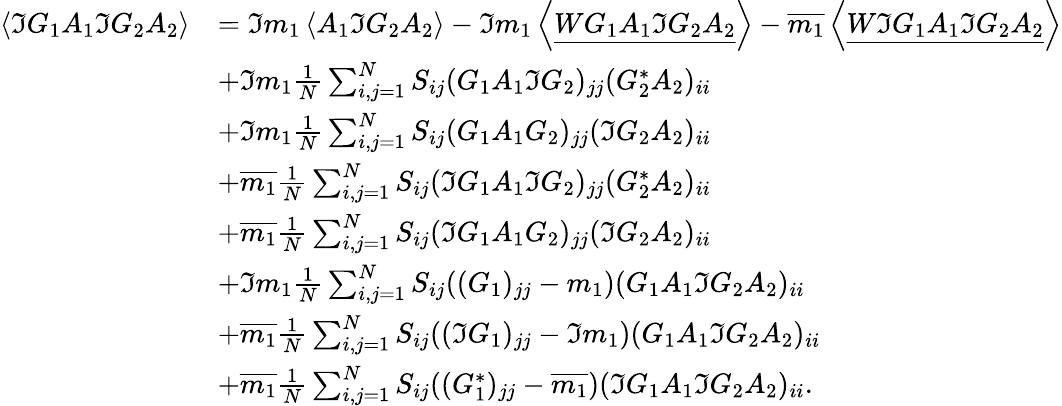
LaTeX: \begin{array}{rl}{\left\langle{\Im G_{1}A_{1}\Im G_{2}A_{2}}\right\rangle}&{=\Im m_{1}\left\langle{A_{1}\Im G_{2}A_{2}}\right\rangle-\Im m_{1}\left\langle{\underline{{WG_{1}A_{1}\Im G_{2}A_{2}}}}\right\rangle-\overline{{m_{1}}}\left\langle{\underline{{W\Im G_{1}A_{1}\Im G_{2}A_{2}}}}\right\rangle}\\ &{+\Im m_{1}\frac{1}{N}\sum_{i,j=1}^{N}S_{ij}(G_{1}A_{1}\Im G_{2})_{jj}(G_{2}^{*}A_{2})_{ii}}\\ &{+\Im m_{1}\frac{1}{N}\sum_{i,j=1}^{N}S_{ij}(G_{1}A_{1}G_{2})_{jj}(\Im G_{2}A_{2})_{ii}}\\ &{+\overline{{m_{1}}}\frac{1}{N}\sum_{i,j=1}^{N}S_{ij}(\Im G_{1}A_{1}\Im G_{2})_{jj}(G_{2}^{*}A_{2})_{ii}}\\ &{+\overline{{m_{1}}}\frac{1}{N}\sum_{i,j=1}^{N}S_{ij}(\Im G_{1}A_{1}G_{2})_{jj}(\Im G_{2}A_{2})_{ii}}\\ &{+\Im m_{1}\frac{1}{N}\sum_{i,j=1}^{N}S_{ij}((G_{1})_{jj}-m_{1})(G_{1}A_{1}\Im G_{2}A_{2})_{ii}}\\ &{+\overline{{m_{1}}}\frac{1}{N}\sum_{i,j=1}^{N}S_{ij}((\Im G_{1})_{jj}-\Im m_{1})(G_{1}A_{1}\Im G_{2}A_{2})_{ii}}\\ &{+\overline{{m_{1}}}\frac{1}{N}\sum_{i,j=1}^{N}S_{ij}((G_{1}^{*})_{jj}-\overline{{m_{1}}})(\Im G_{1}A_{1}\Im G_{2}A_{2})_{ii}.}\end{array}